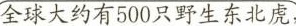
全球大约有500只野生东北虎，